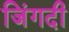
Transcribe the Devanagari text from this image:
जिंगदी